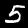
Label: 5